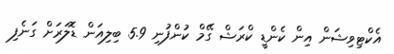
އެކްޓިވިޝަން އިން ކެންޑީ ކްރަޝް ގޭމް ކުންފުނި 5.9 ބިލިއަން ޑޮލަރަށް ގަނެފި